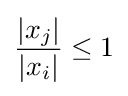
{\frac {\left|x_{j}\right|}{\left|x_{i}\right|}}\leq 1